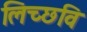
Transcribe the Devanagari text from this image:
लिच्‍छवि